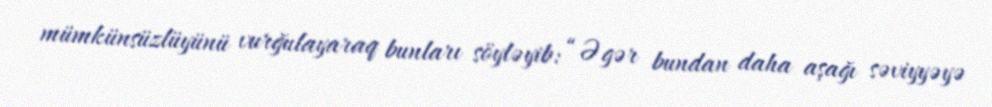
mümkünsüzlüyünü vurğulayaraq bunları söyləyib: “Əgər bundan daha aşağı səviyyəyə